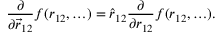
\frac { \partial } { \partial \vec { r } _ { 1 2 } } f ( r _ { 1 2 } , \ldots ) = \hat { r } _ { 1 2 } \frac { \partial } { \partial r _ { 1 2 } } f ( r _ { 1 2 } , \ldots ) .